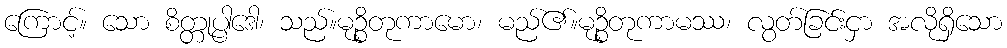
ကြောင့်။ သော စိတ္တုပ္ပါဒေါ၊ သည်။မုဉ္စိတုကာမော၊ မည်၏။မုဉ္စိတုကာမဿ၊ လွတ်ခြင်းငှာ အလိုရှိသော